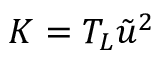
K = T _ { L } \tilde { u } ^ { 2 }